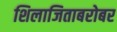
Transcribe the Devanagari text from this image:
शिलाजिताबरोबर